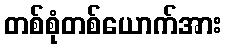
တစ်စုံတစ်ယောက်အား